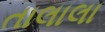
તાલાલા